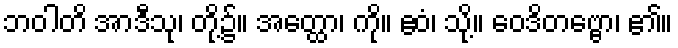
ဘဝါတိ အာဒီသု၊ တို့၌။ အတ္ထော၊ ကို။ ဧဝံ၊ သို့။ ဝေဒိတဗ္ဗော၊ ၏။